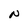
Character: N